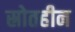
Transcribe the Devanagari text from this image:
स्रोतहीन